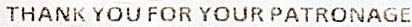
THANK YOU FOR YOUR PATRONAGE